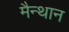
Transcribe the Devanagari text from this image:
मैन्थान